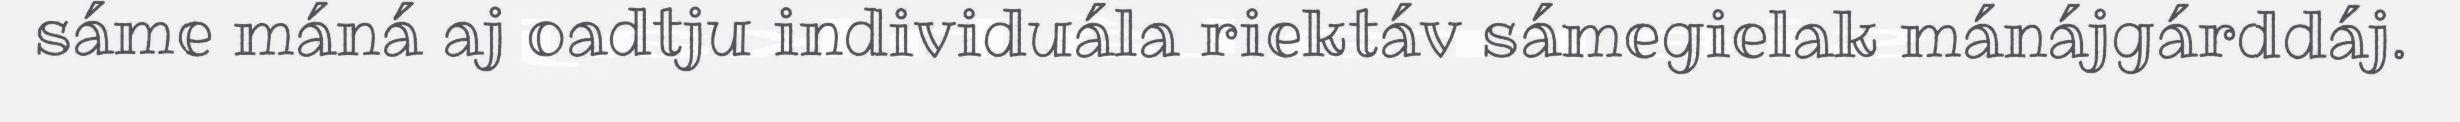
sáme máná aj oadtju individuála riektáv sámegielak mánájgárddáj.